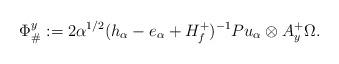
LaTeX: \begin{align*}\Phi_{\#}^y := 2 \alpha^{1/2} (h_{\alpha}-e_{\alpha} + H_f^+)^{-1}P u_{\alpha} \otimes A_{y}^+\Omega.\end{align*}